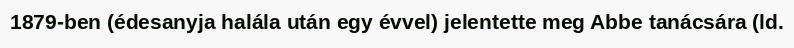
1879-ben (édesanyja halála után egy évvel) jelentette meg Abbe tanácsára (ld.